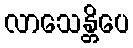
လာသေန္တိပေ